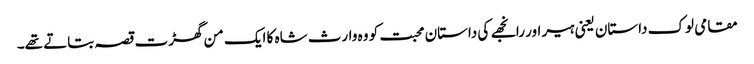
مقامی لوک داستان یعنی ہیر اور رانجھے کی داستان محبت کو وہ وارث شاہ کا ایک من گھڑت قصہ بتاتے تھے۔